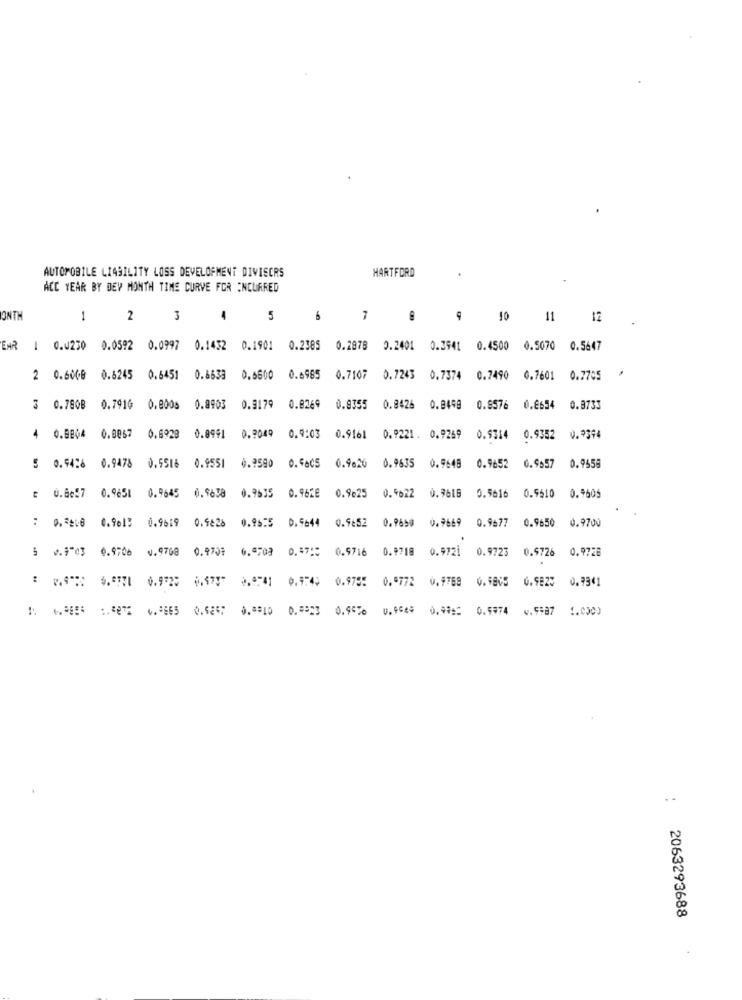
AUTOMOBILE LIABILITY LOSS DEVELOPMENT DIVISORS
HARTFORD
.
ACC YEAR BY DEY MONTH TIME CURVE FOR INCURRED
1
2
4
5
6
7
9
10 11 12
ENR 1 0.0230 0.0592 0.0997 0.1432 0.1901 0.2385 0.2878 0.2401 0.3941 0.4500 0.5070 0.5647
2 0.6000 0.6245 0.6451 0.6633
0.6600 0.6965 0.7107 0.7243 0.7374 0.7490 0.7601 0.7705 *
3 0.7808 0.7916 0.800s 0.8903
0.9179
0.8264
0.9355
0.8426 0.0498 0.8576 0.8654 0.8733
0.9049
4
0.8804 0.0067
0.6928 0.8991
0.9:03
0.9161
0.9221. 0.9269 0.9314 0.9352 0.9394
0.9590
0.4605
0.9620 0.9635
5 0.4426 0.9478 0.5516 0.9551
0.9648 0.9652 0.9:57 0.9558
0.9535
0.962E
: 0.8657 0.9651 0.9645 0.9658
0.9625 0.9622 0.9618 0.5616 0.9610 0.9605
0.9644
0.9652 0.9650 0.9669 0.9677 0.9650
0.9700
: 0.38 0.9613 0.9619 0.9826
0.95:5
5 0.9703 0.9706 v.9708 0.9701
6.0703
0.47:5 0.9716
0.9718
0.9721
0.9723 0.9726 0.9728
1.9 4,7 0.92 0 1 0.949 0.9755 0.5772 0.9768
0.9805 0.9825
0.9341
: : : 0.6 2 .10 .3 0% 0.0029 0.99:2 0.5974 w.5987 (.0000
..
2063293688